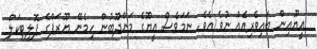
އީޔޫއިން ބައިވެރިއެއް ނުވެ އެވެ. ނަމަވެސް އީޔޫގެ މަންދޫބުން ހިމެނޭ ޔޫރަޕްގެ ޕޮލިޓިކަލް